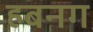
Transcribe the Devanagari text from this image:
हबनग